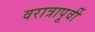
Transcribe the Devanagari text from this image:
वरात्रापूर्वी